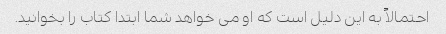
احتمالاً به این دلیل است که او می خواهد شما ابتدا کتاب را بخوانید.